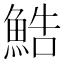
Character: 鯌